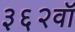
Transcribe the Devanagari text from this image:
३६२वॉ